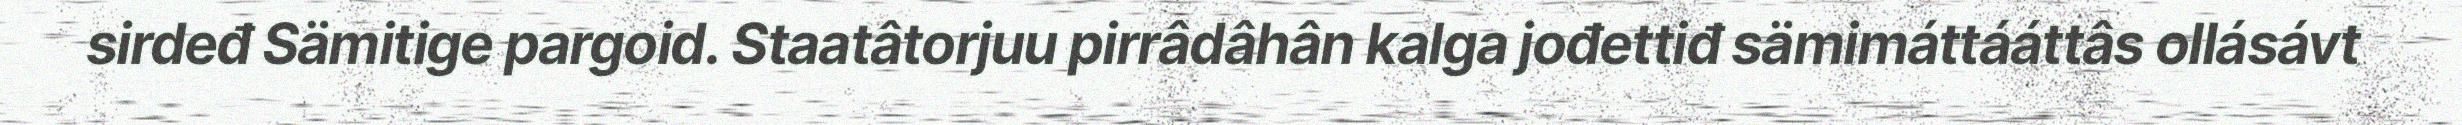
sirdeđ Sämitige pargoid. Staatâtorjuu pirrâdâhân kalga jođettiđ sämimáttááttâs ollásávt